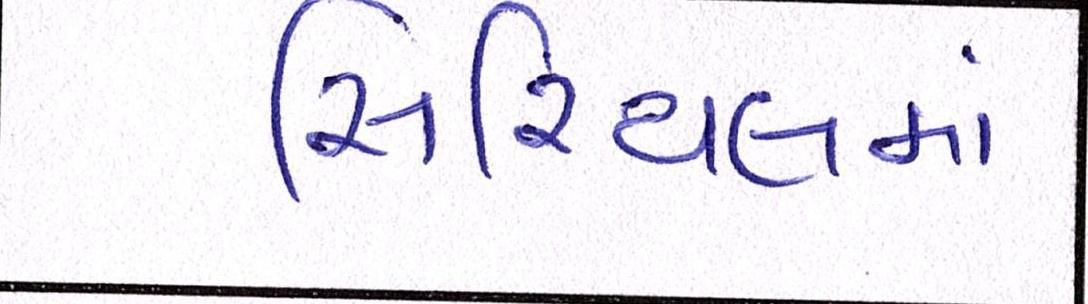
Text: સિરિયલમાં